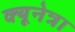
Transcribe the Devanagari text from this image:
क्यूनेत्रा